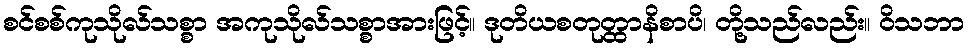
စင်စစ်ကုသိုလ်သစ္စာ အကုသိုလ်သစ္စာအားဖြင့်။ ဒုတိယစတုတ္ထာနိစာပိ၊ တို့သည်လည်း။ ဝိသဘာ